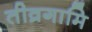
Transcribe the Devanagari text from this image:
तीव्रगामि